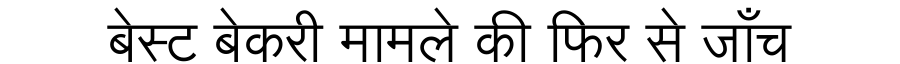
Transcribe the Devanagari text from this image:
बेस्ट बेकरी मामले की फिर से जाँच